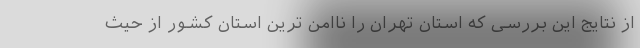
از نتایج این بررسی که استان تهران را ناامن ترین استان کشور از حیث